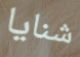
شنايا